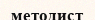
методист